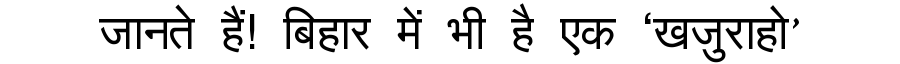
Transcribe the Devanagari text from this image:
जानते हैं! बिहार में भी है एक ‘खजुराहो’